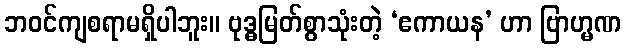
ဘဝင်ကျစရာမရှိပါဘူး။ ဗုဒ္ဓမြတ်စွာသုံးတဲ့ ‘ဧကာယန’ ဟာ ဗြာဟ္မဏ